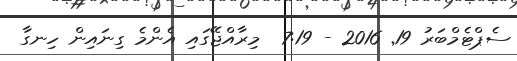
ސެޕްޓެމްބަރު 19